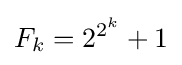
F_{k}=2^{2^{k}}+1